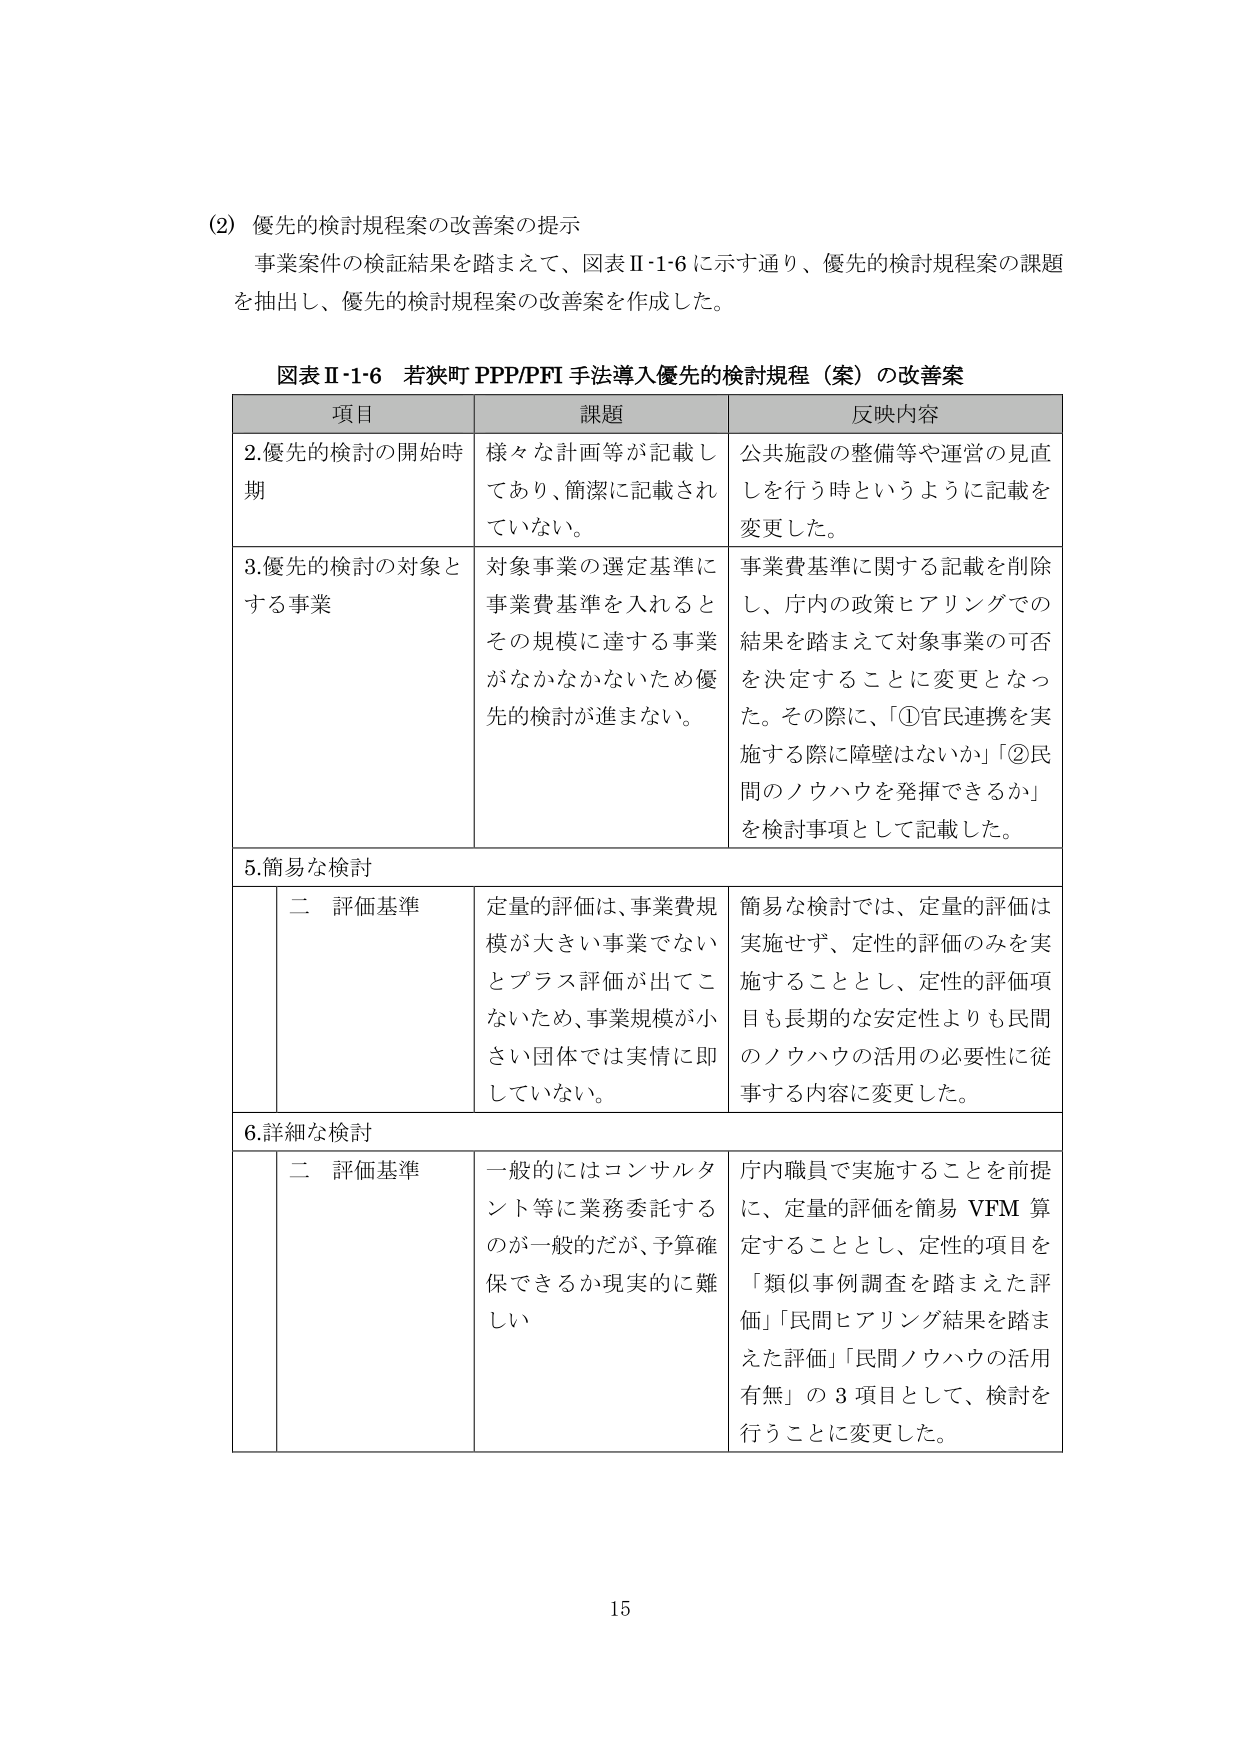
(2) 優先的検討規程案の改善案の提示
事業案件の検証結果を踏まえて、図表Ⅱ-1-6に示す通り、優先的検討規程案の課題を抽出し、優先的検討規程案の改善案を作成した。

図表Ⅱ-1-6 若狭町 PPP/PFI 手法導入優先的検討規程（案）の改善案

| 項目 | 課題 | 反映内容 |
|------|------|----------|
| 2. 優先的検討の開始時期 | 様々な計画等が記載してあり、簡潔に記載されていない。 | 公共施設の整備等や運営の見直しを行う時というように記載を変更した。 |
| 3. 優先的検討の対象とする事業 | 対象事業の選定基準に事業費基準を入れるとその規模に達する事業がなかなかないため優先的検討が進まない。 | 事業費基準に関する記載を削除し、庁内の政策ヒアリングでの結果を踏まえて対象事業の可否を決定することに変更となった。その際に、「①官民連携を実施する際に障壁はないか」「②民間のノウハウを発揮できるか」を検討事項として記載した。 |
| 5. 簡易な検討 | 二 評価基準 | 定量的評価は、事業費規模が大きい事業でないとプラス評価が出てこないため、事業規模が小さい団体では実情に即していない。 | 簡易な検討では、定量的評価は実施せず、定性的評価のみを実施することとし、定性的評価項目も長期的な安定性よりも民間のノウハウの活用の必要性に従事する内容に変更した。 |
| 6. 詳細な検討 | 二 評価基準 | 一般的にはコンサルタント等に業務委託するのが一般的だが、予算確保できるか現実的に難しい | 庁内職員で実施することを前提に、定量的評価を簡易 VFM 算定することとし、定性的項目を「類似事例調査を踏まえた評価」「民間ヒアリング結果を踏まえた評価」「民間ノウハウの活用有無」の3項目として、検討を行うことに変更した。 |

15